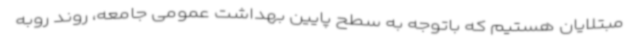
مبتلایان هستیم که باتوجه به سطح پایین بهداشت عمومی جامعه، روند روبه